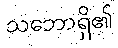
သဘောရှိ၏